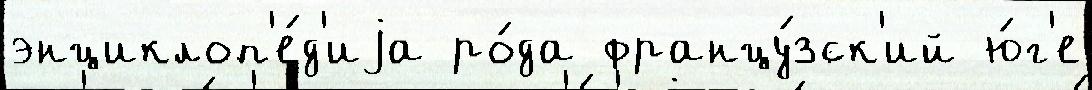
энциклоп'е́д'иjа ро́да францу́зск'ий ю́г'е